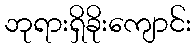
ဘုရားရှိခိုးကျောင်း